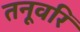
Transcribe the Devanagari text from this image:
तनूवरि